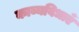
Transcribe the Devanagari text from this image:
काव्यविधाएँ